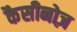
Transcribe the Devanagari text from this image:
कैसीनोज़